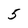
Character: 5